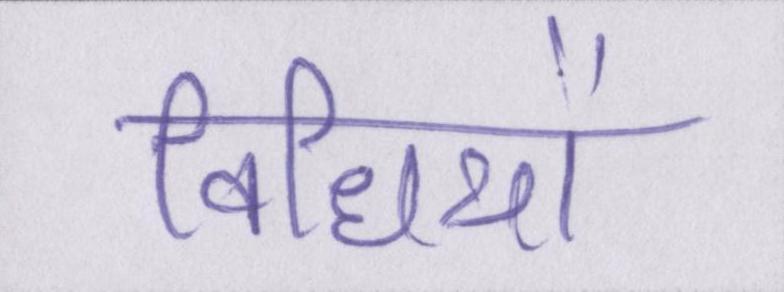
विधियों